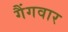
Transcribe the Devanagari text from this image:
गैंगवार